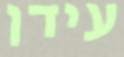
עידן